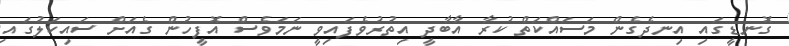
ގޮނޑީގައި އިނދެގެން މަސައްކަތް ކުރާ އާބާދީ އިތުރުވެފައިވީ ނަމަވެސް އޮފީހުން ގެއަށް ސައިކަލުގައި